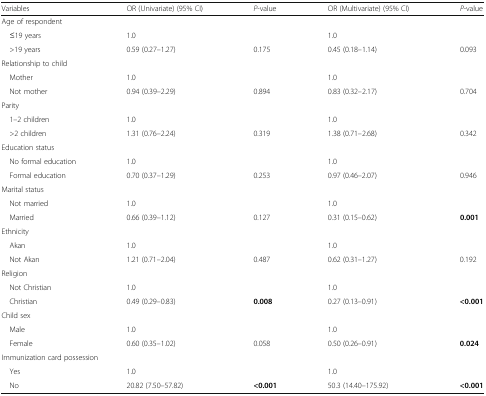
<table><thead><tr><td><b>Variables</b></td><td><b>OR (Univariate) (95% CI)</b></td><td><b><i>P</i>-value</b></td><td><b>OR (Multivariate) (95% CI)</b></td><td><b><i>P</i>-value</b></td></tr></thead><tbody><tr><td colspan="5">Age of respondent</td></tr><tr><td> ≤19 years</td><td>1.0</td><td></td><td>1.0</td><td></td></tr><tr><td> &gt;19 years</td><td>0.59 (0.27–1.27)</td><td>0.175</td><td>0.45 (0.18–1.14)</td><td>0.093</td></tr><tr><td colspan="5">Relationship to child</td></tr><tr><td> Mother</td><td>1.0</td><td></td><td>1.0</td><td></td></tr><tr><td> Not mother</td><td>0.94 (0.39–2.29)</td><td>0.894</td><td>0.83 (0.32–2.17)</td><td>0.704</td></tr><tr><td colspan="5">Parity</td></tr><tr><td> 1–2 children</td><td>1.0</td><td></td><td>1.0</td><td></td></tr><tr><td> &gt;2 children</td><td>1.31 (0.76–2.24)</td><td>0.319</td><td>1.38 (0.71–2.68)</td><td>0.342</td></tr><tr><td colspan="5">Education status</td></tr><tr><td> No formal education</td><td>1.0</td><td></td><td>1.0</td><td></td></tr><tr><td> Formal education</td><td>0.70 (0.37–1.29)</td><td>0.253</td><td>0.97 (0.46–2.07)</td><td>0.946</td></tr><tr><td colspan="5">Marital status</td></tr><tr><td> Not married</td><td>1.0</td><td></td><td>1.0</td><td></td></tr><tr><td> Married</td><td>0.66 (0.39–1.12)</td><td>0.127</td><td>0.31 (0.15–0.62)</td><td><b>0.001</b></td></tr><tr><td colspan="5">Ethnicity</td></tr><tr><td> Akan</td><td>1.0</td><td></td><td>1.0</td><td></td></tr><tr><td> Not Akan</td><td>1.21 (0.71–2.04)</td><td>0.487</td><td>0.62 (0.31–1.27)</td><td>0.192</td></tr><tr><td colspan="5">Religion</td></tr><tr><td> Not Christian</td><td>1.0</td><td></td><td>1.0</td><td></td></tr><tr><td> Christian</td><td>0.49 (0.29–0.83)</td><td><b>0.008</b></td><td>0.27 (0.13–0.91)</td><td><b>&lt;0.001</b></td></tr><tr><td colspan="5">Child sex</td></tr><tr><td> Male</td><td>1.0</td><td></td><td>1.0</td><td></td></tr><tr><td> Female</td><td>0.60 (0.35–1.02)</td><td>0.058</td><td>0.50 (0.26–0.91)</td><td><b>0.024</b></td></tr><tr><td colspan="5">Immunization card possession</td></tr><tr><td> Yes</td><td>1.0</td><td></td><td>1.0</td><td></td></tr><tr><td> No</td><td>20.82 (7.50–57.82)</td><td><b>&lt;0.001</b></td><td>50.3 (14.40–175.92)</td><td><b>&lt;0.001</b></td></tr></tbody></table>